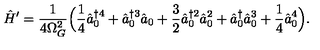
\hat { H } ^ { \prime } = \frac { 1 } { 4 \Omega _ { G } ^ { 2 } } \Bigl ( \frac { 1 } { 4 } \hat { a } _ { 0 } ^ { \dagger 4 } + \hat { a } _ { 0 } ^ { \dagger 3 } \hat { a } _ { 0 } + \frac { 3 } { 2 } \hat { a } _ { 0 } ^ { \dagger 2 } \hat { a } _ { 0 } ^ { 2 } + \hat { a } _ { 0 } ^ { \dagger } \hat { a } _ { 0 } ^ { 3 } + \frac { 1 } { 4 } \hat { a } _ { 0 } ^ { 4 } \Bigr ) .